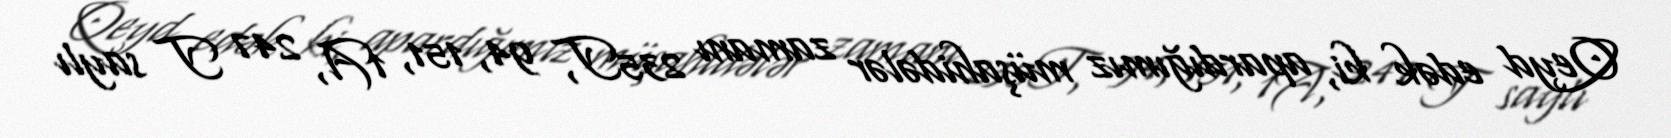
Qeyd edək ki, apardığımız müşahidələr zamanı 235T, 94, 151, 1A, 247 T saylı